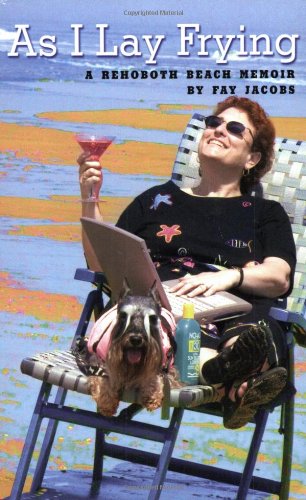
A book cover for As I Lay Frying: A Rehoboth Beach Memoir; Fay I. Jacobs; Gay & Lesbian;